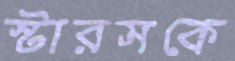
স্টারসকে